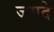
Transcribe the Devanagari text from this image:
जगदे